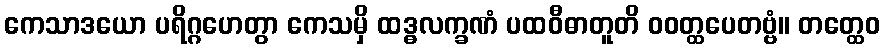
ကေသာဒယော ပရိဂ္ဂဟေတွာ ကေသမှိ ထဒ္ဓလက္ခဏံ ပထဝီဓာတူတိ ဝဝတ္ထပေတဗ္ဗံ။ တတ္ထေဝ